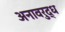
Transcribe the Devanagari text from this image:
अनावरुद्ध